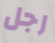
رجل